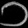
Digit: ၁